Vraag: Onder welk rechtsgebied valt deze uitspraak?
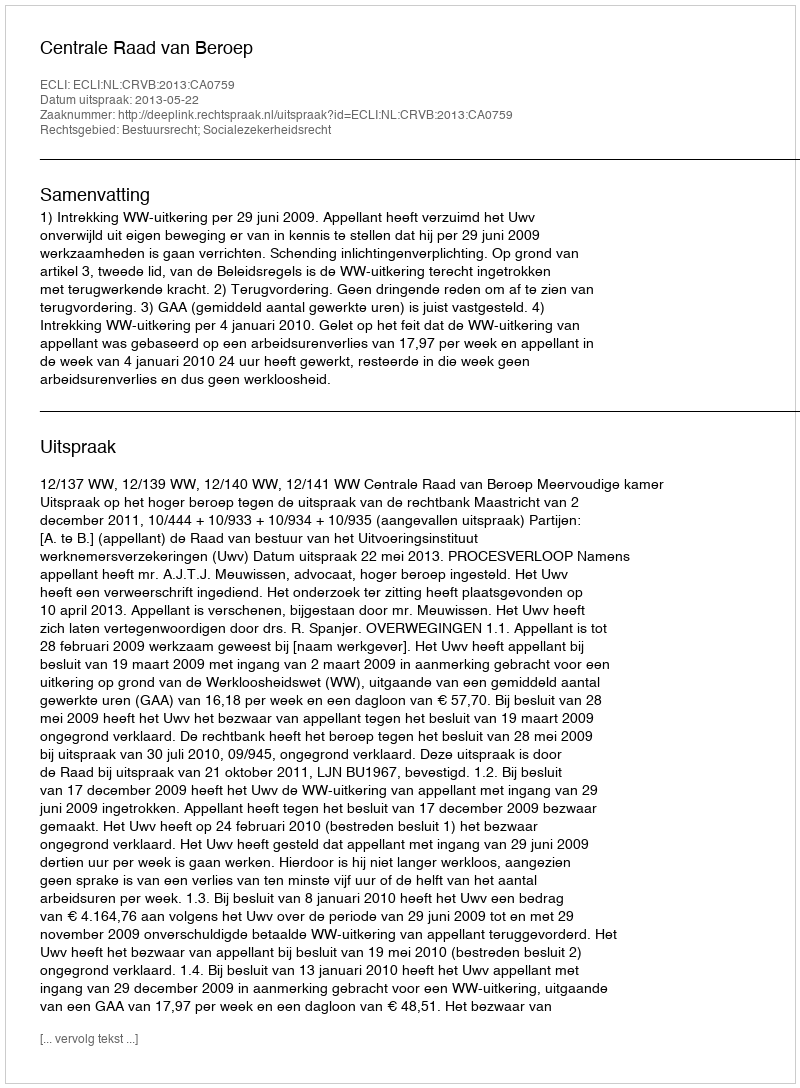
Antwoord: Bestuursrecht; Socialezekerheidsrecht